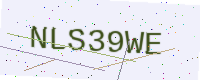
Text: NLS39WE